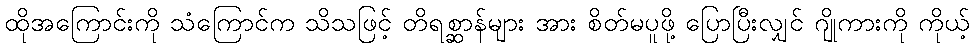
ထိုအကြောင်းကို သံကြောင်က သိသဖြင့် တိရစ္ဆာန်များ အား စိတ်မပူဖို့ ပြောပြီးလျှင် ဂျိုကားကို ကိုယ့်